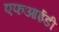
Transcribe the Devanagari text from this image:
एफआईडी